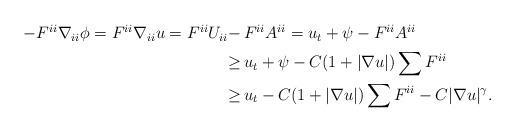
\begin{align*}\begin{aligned}- F^{ii} \nabla_{ii} \phi = F^{ii} \nabla_{ii} u = F^{ii} U_{ii} - \,& F^{ii} A^{ii} = u_t + \psi - F^{ii} A^{ii}\\ \geq \,& u_t + \psi - C (1 + |\nabla u|) \sum F^{ii}\\ \geq \,& u_t - C (1 + |\nabla u|) \sum F^{ii} - C |\nabla u|^{\gamma}.\end{aligned}\end{align*}